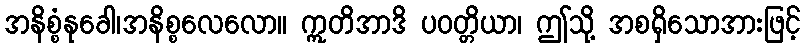
အနိစ္စံနုခေါ၊အနိစ္စလေလော။ ဣတိအာဒိ ပဝတ္တိယာ၊ ဤသို့ အစရှိသောအားဖြင့်